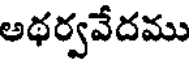
అథర్వవేదము